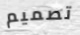
تصميم